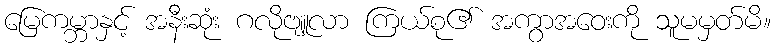
မြေကမ္ဘာနှင့် အနီးဆုံး ဂလိုဗျူလာ ကြယ်စု၏ အကွာအဝေးကို သူမမှတ်မိ။